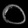
Digit: ၀